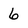
Character: 6